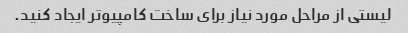
لیستی از مراحل مورد نیاز برای ساخت کامپیوتر ایجاد کنید.